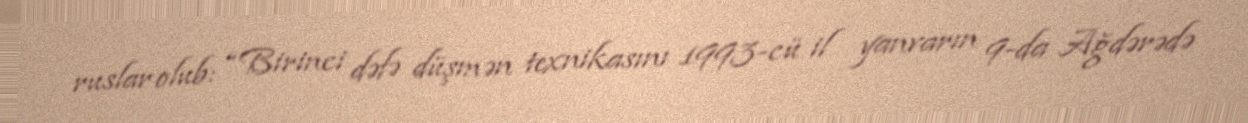
ruslar olub: “Birinci dəfə düşmən texnikasını 1993-cü il yanvarın 9-da Ağdərədə